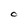
Character: O